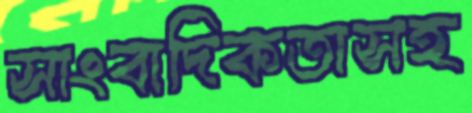
সাংবাদিকতাসহ